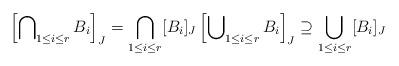
LaTeX: \begin{align*} \left[\bigcap\nolimits_{1 \le i \le r} B_i\right]_J = \bigcap_{1 \le i \le r} [B_i]_J \left[\bigcup\nolimits_{1 \le i \le r} B_i\right]_J \supseteq \bigcup_{1 \le i \le r} [B_i]_J\end{align*}